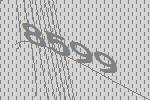
8599